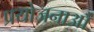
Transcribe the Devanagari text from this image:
प्रयोजनाओं